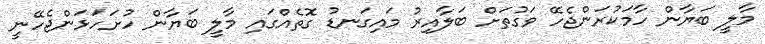
މާލީ ބަޔާން ހާމަކުރަންޖެހޭ ވަގުތަށް ބަލާއިރު މައިގަނޑު ގޮތެއްގައި މާލީ ބަޔާން ހުށަހަޅަންޖެހޭނީ